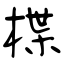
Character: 楪